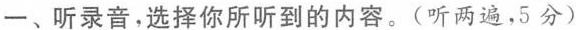
一、听录音,选择你所听到的内容.(听两遍,5 分)